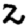
Digit: 2